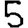
Digit: 5